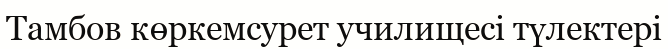
Тамбов көркемсурет училищесі түлектері